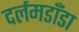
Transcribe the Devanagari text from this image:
दर्लमडाँडा